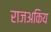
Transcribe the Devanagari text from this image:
राजअकिय